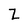
Character: Z